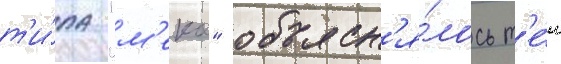
т'и́па "м'еко" объясн'я́лось т'е́м